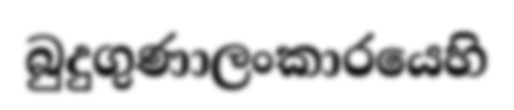
බුදුගුණාලංකාරයෙහි